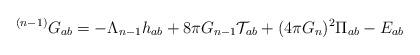
LaTeX: \begin{align*}^{(n-1)}G_{ab} = -\Lambda_{n-1}h_{ab}+8\pi G_{n-1}\mathcal{T}_{ab} +(4 \pi G_n)^2\Pi_{ab}-E_{ab}\end{align*}